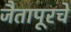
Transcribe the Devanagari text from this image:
जैतापूरचे